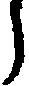
う